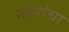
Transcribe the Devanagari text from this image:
नामांचा